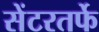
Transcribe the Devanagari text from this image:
सेंटरतर्फे